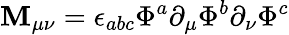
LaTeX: \mathbf{M}_{\mu\nu}=\epsilon_{abc}\Phi^{a}\partial_{\mu}\Phi^{b}\partial_{\nu}\Phi^{c}